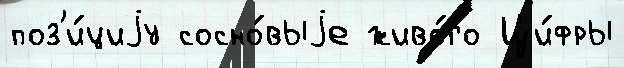
поз'и́циjу сосно́выjе живо́го Ци́фры